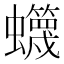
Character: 䘊